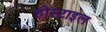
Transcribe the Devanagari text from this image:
होस्टाइल